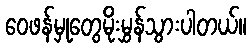
ဝေဖန်မှုတွေမိုးမွှန်သွားပါတယ်။